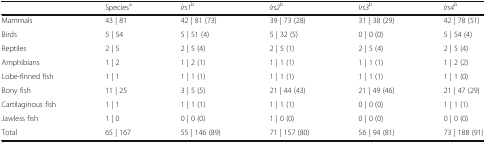
<table><thead><tr><td></td><td><b>Species<sup>a</sup></b></td><td><b><i>Irs1</i><sup>b</sup></b></td><td><b><i>Irs2</i><sup>b</sup></b></td><td><b><i>Irs3</i><sup>b</sup></b></td><td><b><i>Irs4</i><sup>b</sup></b></td></tr></thead><tbody><tr><td>Mammals</td><td>43 | 81</td><td>42 | 81 (73)</td><td>39 | 73 (28)</td><td>31 | 38 (29)</td><td>42 | 78 (51)</td></tr><tr><td>Birds</td><td>5 | 54</td><td>5 | 51 (4)</td><td>5 | 32 (5)</td><td>0 | 0 (0)</td><td>5 | 54 (4)</td></tr><tr><td>Reptiles</td><td>2 | 5</td><td>2 | 5 (4)</td><td>2 | 5 (1)</td><td>2 | 5 (4)</td><td>2 | 5 (4)</td></tr><tr><td>Amphibians</td><td>1 | 2</td><td>1 | 2 (1)</td><td>1 | 1 (1)</td><td>1 | 1 (1)</td><td>1 | 2 (2)</td></tr><tr><td>Lobe-finned fish</td><td>1 | 1</td><td>1 | 1 (1)</td><td>1 | 1 (1)</td><td>1 | 1 (1)</td><td>1 | 1 (0)</td></tr><tr><td>Bony fish</td><td>11 | 25</td><td>3 | 5 (5)</td><td>21 | 44 (43)</td><td>21 | 49 (46)</td><td>21 | 47 (29)</td></tr><tr><td>Cartilaginous fish</td><td>1 | 1</td><td>1 | 1 (1)</td><td>1 | 1 (1)</td><td>0 | 0 (0)</td><td>1 | 1 (1)</td></tr><tr><td>Jawless fish</td><td>1 | 0</td><td>0 | 0 (0)</td><td>1 | 0 (0)</td><td>0 | 0 (0)</td><td>0 | 0 (0)</td></tr><tr><td>Total</td><td>65 | 167</td><td>55 | 146 (89)</td><td>71 | 157 (80)</td><td>56 | 94 (81)</td><td>73 | 188 (91)</td></tr></tbody></table>